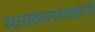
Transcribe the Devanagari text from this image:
सायकलस्वारांनी